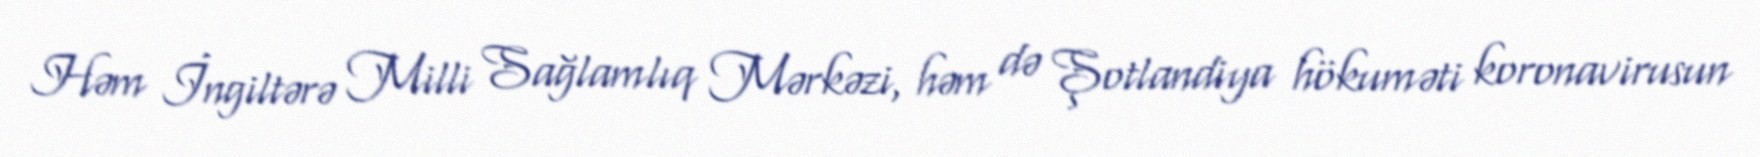
Həm İngiltərə Milli Sağlamlıq Mərkəzi, həm də Şotlandiya hökuməti koronavirusun